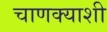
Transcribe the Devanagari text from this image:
चाणक्याशी